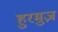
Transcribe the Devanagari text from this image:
हुरमुज़